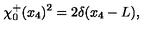
\chi _ { 0 } ^ { + } ( x _ { 4 } ) ^ { 2 } = 2 \delta ( x _ { 4 } - L ) ,